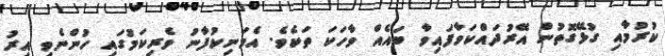
ކުރުމާއި ގުޅޭގޮތުން އޭރުދައްކަވާފައިވާ ބައެއް ވާހަކަ ތަކެވެ. އެމަނިކުފާނު ވެރިކަމުގައި ހުންނެވި އިރު